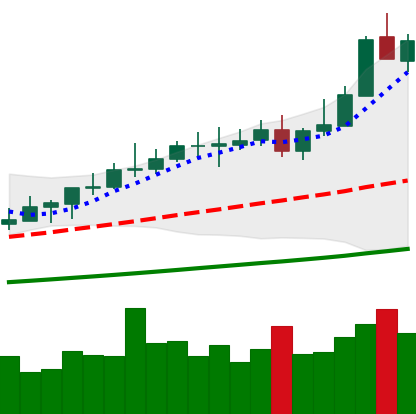
Ticker: XMR-USD
Chart end date: 2021-04-13
Forward return: 3.23%
Label: up_3_5